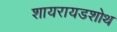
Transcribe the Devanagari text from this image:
शायरायडशोथ